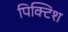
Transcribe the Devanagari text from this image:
पिक्टिश